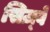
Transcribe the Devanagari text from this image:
सिज़्वे